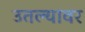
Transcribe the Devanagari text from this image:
उतल्यावर